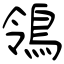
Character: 鴒